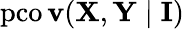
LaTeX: \operatorname{pco\mathbf{v}}(\mathbf{{X}},\mathbf{{Y}}\mid\mathbf{{I}})